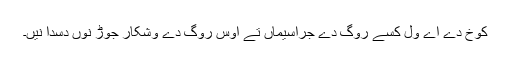
کوخ دے اے ول کسے روگ دے جراسیماں تے اوس روگ دے وشکار جوڑ نوں دسدا نیں۔